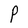
Character: P